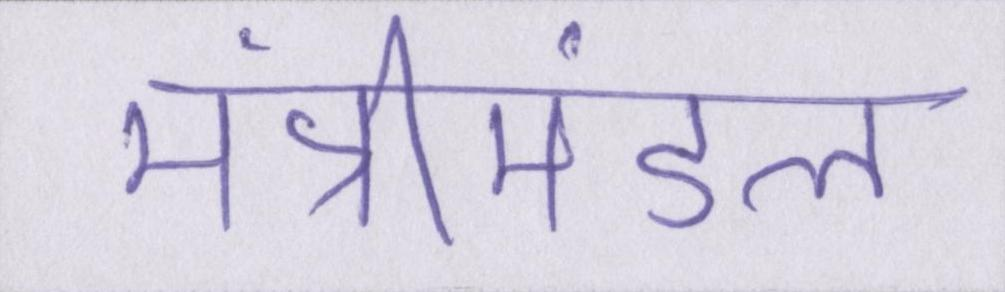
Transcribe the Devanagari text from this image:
मंत्रीमंडल